Vaccination report Assam 1896-1927 - 1896-1927
Year: 1896
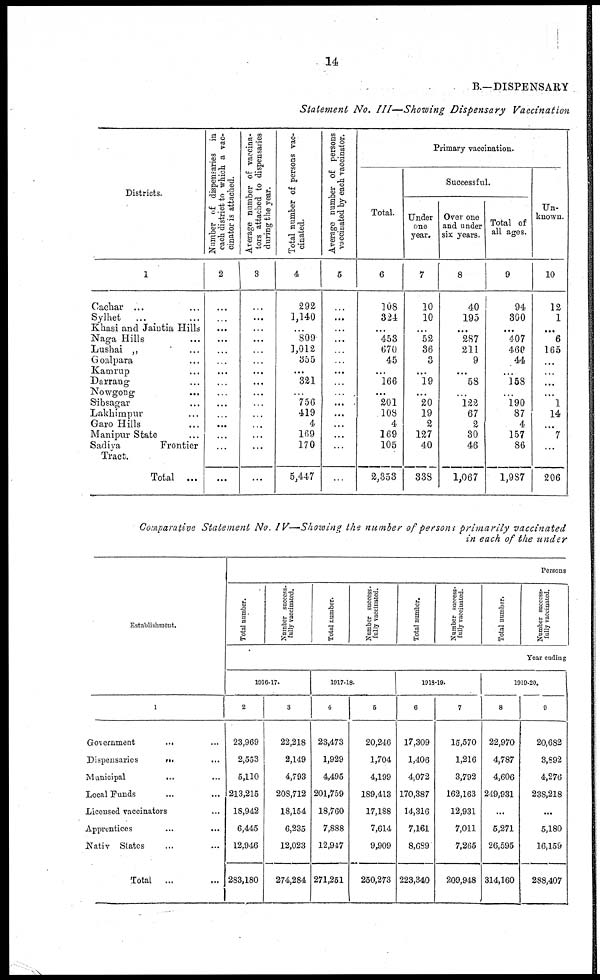
14
B.—DISPENSARY
Statement No. III—Showing Dispensary Vaccination
Districts.
1
Cachar ... ...
Sylhet
... ...
Khasi and Jaintia Hills
Naga Hills ...
Lushai „ ...
Goalpara ... ...
Kamrup ... ...
Darrang ... ...
Nowgong ... ...
Sibsagar ... ...
Lakhimpur ... ...
Garo Hills ... ...
Manipur State ...
Sadiya
Frontier
Tract.
Total ...
Number of dispensaries in
each district to which a vac-
cinator is attached.
2
...
...
...
...
...
...
...
...
...
...
...
...
...
...
...
Average number of vaccina-
tors attached to dispensaries
during the year.
3
...
...
...
...
...
...
...
...
...
...
...
...
...
...
...
Total number of persons vac-
cinated.
4
292
1,140
...
809
1,012
355
...
321
...
756
419
4
169
170
5,447
Average number of persons
vaccinated by each vaccinator.
5
...
...
...
...
...
...
...
...
...
...
...
...
...
...
...
Primary vaccination.
Total.
6
108
324
...
453
670
45
...
166
...
201
108
4
169
105
2,353
Successful.
Under
one
year.
7
10
10
...
52
36
3
...
19
...
20
19
2
127
40
338
Over one
and under
six years.
8
40
195
...
287
211
9
...
58
...
122
67
2
30
46
1,067
Total of
all ages.
9
94
300
...
407
460
44
...
158
...
190
87
4
157
86
1,987
Un-
known.
10
12
1
...
6
165
...
...
...
...
1
14
...
7
...
206
Comparative Statement No. IV—Showing the number of persons primarily vaccinated
in each of the under
Establishment.
1
Government
... ...
Dispensaries ... ...
Municipal
... ...
Local Funds ... ...
Licensed vaccinators ...
Apprentices
...
...
Nativ Slates ... ...
Total
... ...
Persons
Total number.
Number success-
fully vaccinated.
Total number.
Number success-
fully vaccinated.
Total number.
Number success-
fully vaccinated.
Total number.
Number success-
fully vaccinated.
Year ending
1016-17.
2
23,969
2,553
5,110
213,215
18,942
6,445
12,946
283,180
3
22,218
2,149
4,793
208,712
18,154
6,235
12,023
274,284
1917-18.
4
23,473
1,929
4,495
201,759
18,760
7,888
12,947
271,251
5
20,246
1,704
4,199
189,413
17,188
7,614
9,909
250,273
1918-19.
6
17,309
1,406
4,072
170,387
14,316
7,161
8,689
223,340
7
15,570
1,216
3,792
162,163
12,931
7,011
7,265
209,948
1919-20.
8
22,970
4,787
4,606
249,931
...
5,271
26,595
314,160
9
20,682
3,892
4,276
238,218
...
5,180
16,159
288,407